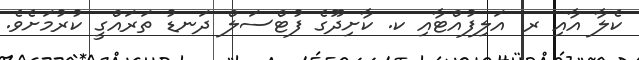
ކެލާ އާއި ރ. އަލިފުއްޓާއި ކ. ކާށިދޫގެ ފުޓްސަލް ދަނޑު ތަރައްގީ ކުރުމަށެވެ.